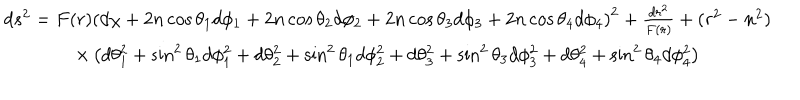
\begin{array} { c } { { d s ^ { 2 } = F ( r ) \left( d \chi + 2 n \cos \theta _ { 1 } d \phi _ { 1 } + 2 n \cos \theta _ { 2 } d \phi _ { 2 } + 2 n \cos \theta _ { 3 } d \phi _ { 3 } + 2 n \cos \theta _ { 4 } d \phi _ { 4 } \right) ^ { 2 } + \frac { d r ^ { 2 } } { F ( r ) } + ( r ^ { 2 } - n ^ { 2 } ) } } \\ { { \times \left( d \theta _ { 1 } ^ { 2 } + \sin ^ { 2 } \theta _ { 1 } d \phi _ { 1 } ^ { 2 } + d \theta _ { 2 } ^ { 2 } + \sin ^ { 2 } \theta _ { 1 } d \phi _ { 2 } ^ { 2 } + d \theta _ { 3 } ^ { 2 } + \sin ^ { 2 } \theta _ { 3 } d \phi _ { 3 } ^ { 2 } + d \theta _ { 4 } ^ { 2 } + \sin ^ { 2 } \theta _ { 4 } d \phi _ { 4 } ^ { 2 } \right) } } \\ \end{array}